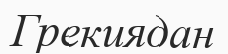
Грекиядан